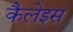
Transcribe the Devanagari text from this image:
कैलेइस